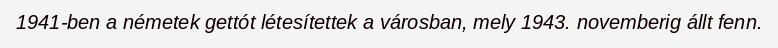
1941-ben a németek gettót létesítettek a városban, mely 1943. novemberig állt fenn.